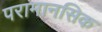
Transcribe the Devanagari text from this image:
परामानसिक